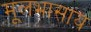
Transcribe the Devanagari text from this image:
मूलभासाय